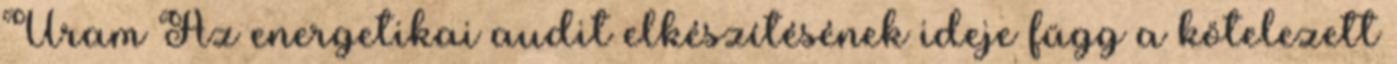
Uram Az energetikai audit elkészítésének ideje függ a kötelezett